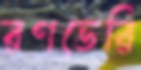
রণভেরি